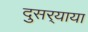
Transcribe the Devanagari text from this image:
दुसर्‍याया